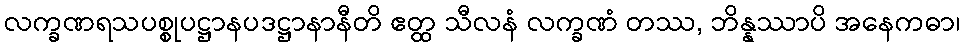
လက္ခဏရသပစ္စုပဋ္ဌာနပဒဋ္ဌာနာနီတိ ဧတ္ထ သီလနံ လက္ခဏံ တဿ, ဘိန္နဿာပိ အနေကဓာ၊